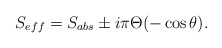
\begin{align*}S_{eff}=S_{abs}\pm i\pi\Theta(-\cos\theta). \end{align*}